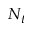
N _ { t }